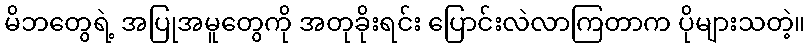
မိဘတွေရဲ့ အပြုအမူတွေကို အတုခိုးရင်း ပြောင်းလဲလာကြတာက ပိုများသတဲ့။